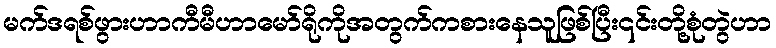
မက်ဒရစ်ဖွားဟာကီမီဟာမော်ရိုကိုအတွက်ကစားနေသူဖြစ်ပြီး၎င်းတို့စုံတွဲဟာ